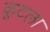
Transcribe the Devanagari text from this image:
कूटला